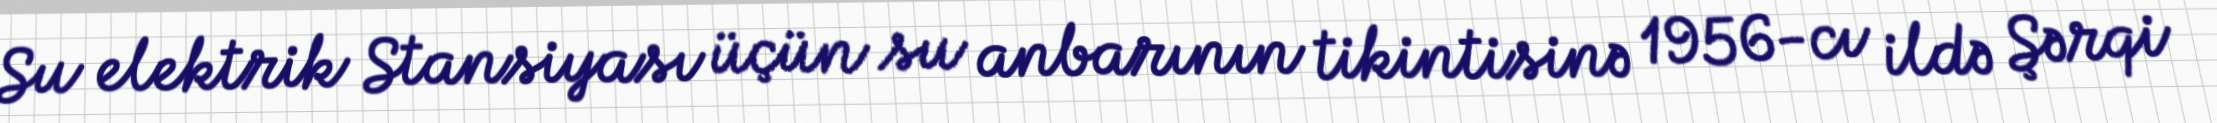
Su elektrik Stansiyası üçün su anbarının tikintisinə 1956-cı ildə Şərqi